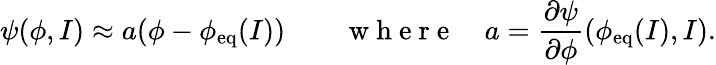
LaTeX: \psi(\phi,I)\approx a(\phi-\phi_{\mathrm{eq}}(I))\qquad\mathrm{~w~h~e~r~e~}\quad a=\frac{\partial\psi}{\partial\phi}(\phi_{\mathrm{eq}}(I),I).